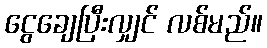
ငွေချေပြီးလျှင် လစ်မည်။